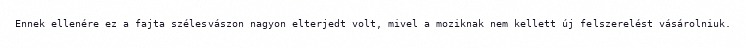
Ennek ellenére ez a fajta szélesvászon nagyon elterjedt volt, mivel a moziknak nem kellett új felszerelést vásárolniuk.